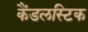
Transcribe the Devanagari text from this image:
कैंडलस्टिक